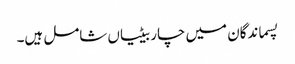
پسماندگان میں چار بیٹیاں شامل ہیں۔